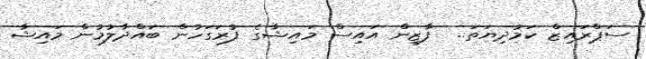
ސަޕްރައިޒް ކަމުދިޔަތަ..  ފާޒިން އައިސް މައިޝާގެ ފުރަގަހުން ބައްދާލުމުން މައިޝާ